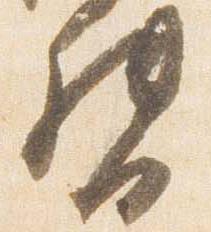
督